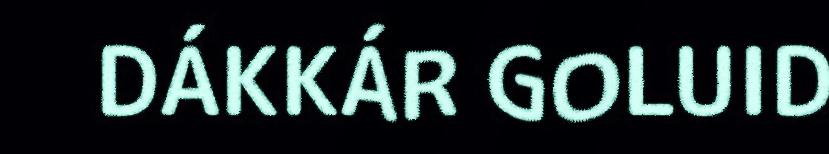
DÁKKÁR GOLUID